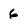
Character: 6